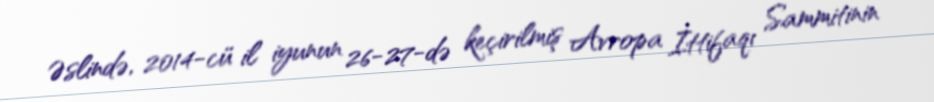
Əslində, 2014-cü il iyunun 26-27-də keçirilmiş Avropa İttifaqı Sammitinin